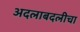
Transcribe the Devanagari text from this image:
अदलाबदलीचा